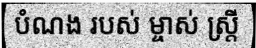
បំណង របស់ ម្ចាស់ ស្ត្រី